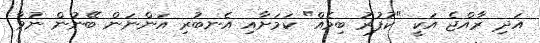
އަދި ރާއްޖެ އަކީ "ކުފުރު ބިމެއް" ކަމަށާއި އެނބުރި އަންނަން ބޭނުން ނުވާ